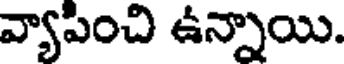
వ్యాపించి ఉన్నాయి.